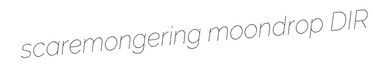
scaremongering moondrop DIR